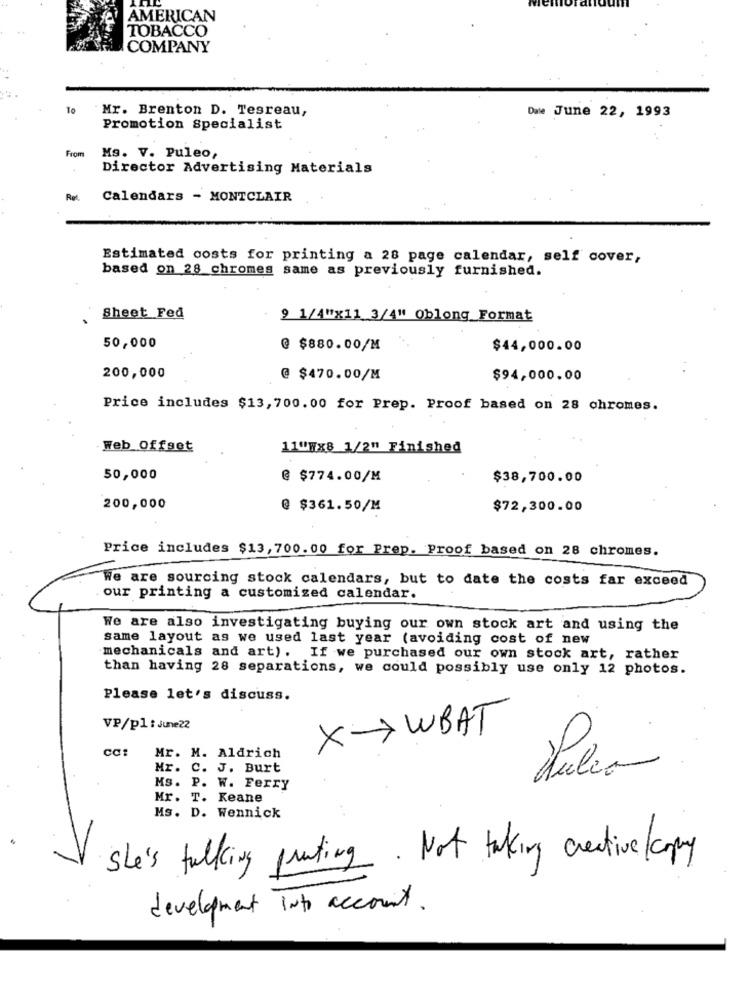
AMERICAN
TOBACCO
COMPANY
To
Mr. Brenton D. Tesreau,
Date June 22, 1993
Promotion Specialist
From
Ms. V. Puleo,
Director Advertising Materials
Ret.
Calendars - MONTCLAIR
Estimated costs for printing a 28 page calendar, self cover,
based on 28 chromes same as previously furnished.
Sheet Fed
9 1/4"x11 3/4" Oblong_Format
50,000
@ $880.00/M
$44,000.00
200,000
@ $470.00/M
$94,000.00
Price includes $13,700.00 for Prep. Proof based on 28 chromes.
Web Offset
11"WX8 1/2" Finished
50,000
@ $774.00/M
$38,700.00
200,000
@ $361.50/M
$72,300.00
Price includes $13, 700.00 for Prep. Proof based on 28 chromes.
We are sourcing stock calendars, but to date the costs far exceed
our printing a customized calendar.
We are also investigating buying our own stock art and using the
same layout as we used last year (avoiding cost of new
mechanicals and art). If we purchased our own stock art, rather
than having 28 separations, we could possibly use only 12 photos.
Please let's discuss.
VP/pl : June22
X->WBAT
CC:
Mr. M. Aldrich
Mr. C. J. Burt
Pulco
Ms. P. W. Ferry
Mr. T. Keane
Ms. D. Wennick
She's talking puting. Not taking creative copy
development Into account.